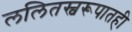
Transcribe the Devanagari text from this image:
ललितस्वरूपातही